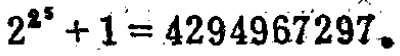
\(2^{2^{5}} + 1 = 4294967297\)